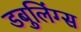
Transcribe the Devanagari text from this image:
डबुलिंग्स